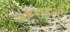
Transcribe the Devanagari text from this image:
संकल्पनाशी